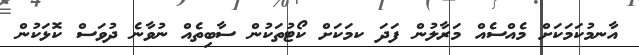
އާނމުކަމަކަށް މެއްސެއް މަރާލުން ފަދަ ކމަކަށް ކޯޓުތަކުން ސާބިތެއް ނުވާނެ ދުވަސް ކޮޅަކުން